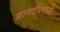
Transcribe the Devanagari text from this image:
ज्ञानदीपमध्ये